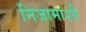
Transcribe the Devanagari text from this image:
निजामांशी